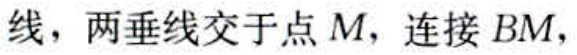
线，两垂线交于点\(M\)，连接\(BM\)，